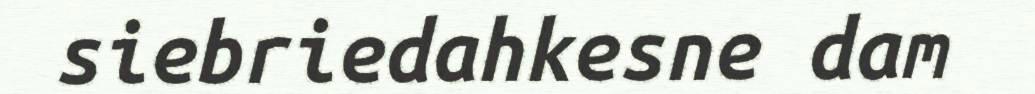
siebriedahkesne dam